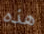
هذه